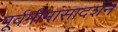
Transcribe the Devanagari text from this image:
पूर्वमीमांसादर्शन